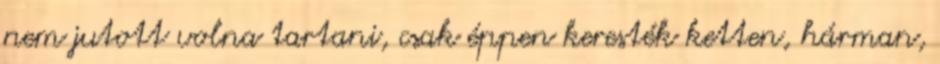
nem jutott volna tartani, csak éppen keresték ketten, hárman,